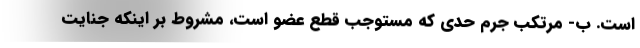
است. ب- مرتکب جرم حدی که مستوجب قطع عضو است، مشروط بر اینکه جنایت